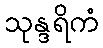
သုန္ဒရိကံ